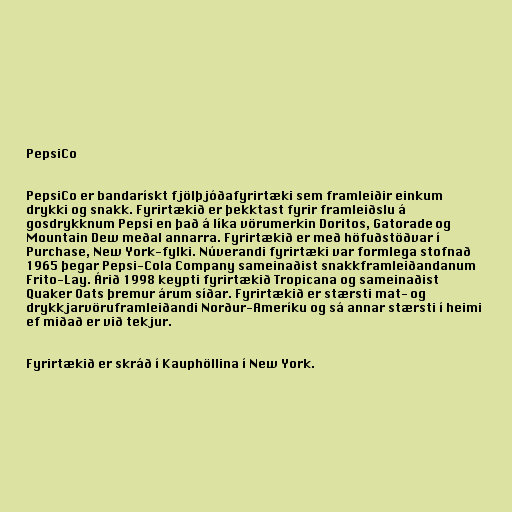
PepsiCo

PepsiCo er bandarískt fjölþjóðafyrirtæki sem framleiðir einkum
drykki og snakk. Fyrirtækið er þekktast fyrir framleiðslu á
gosdrykknum Pepsi en það á líka vörumerkin Doritos, Gatorade og
Mountain Dew meðal annarra. Fyrirtækið er með höfuðstöðvar í
Purchase, New York-fylki. Núverandi fyrirtæki var formlega stofnað
1965 þegar Pepsi-Cola Company sameinaðist snakkframleiðandanum
Frito-Lay. Árið 1998 keypti fyrirtækið Tropicana og sameinaðist
Quaker Oats þremur árum síðar. Fyrirtækið er stærsti mat- og
drykkjarvöruframleiðandi Norður-Ameríku og sá annar stærsti í heimi
ef miðað er við tekjur.

Fyrirtækið er skráð í Kauphöllina í New York.